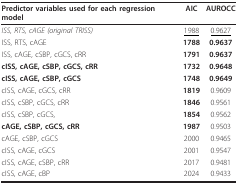
<table><thead><tr><td><b>Predictor variables used for each regression model</b></td><td><b>AIC</b></td><td><b>AUROCC</b></td></tr></thead><tbody><tr><td><i>ISS, RTS, cAGE (original TRISS)</i></td><td><underline>1988</underline></td><td><underline>0.9627</underline></td></tr><tr><td>ISS, RTS, cAGE</td><td><b>1788</b></td><td><b>0.9637</b></td></tr><tr><td>ISS, cAGE, cSBP, cGCS, cRR</td><td><b>1791</b></td><td><b>0.9637</b></td></tr><tr><td><b>cISS, cAGE, cSBP, cGCS, cRR</b></td><td><b>1732</b></td><td><b>0.9648</b></td></tr><tr><td><b>cISS, cAGE, cSBP, cGCS</b></td><td><b>1748</b></td><td><b>0.9649</b></td></tr><tr><td>cISS, cAGE, cGCS, cRR</td><td><b>1819</b></td><td>0.9609</td></tr><tr><td>cISS, cSBP, cGCS, cRR</td><td><b>1846</b></td><td>0.9561</td></tr><tr><td>cISS, cSBP, cGCS,</td><td><b>1854</b></td><td>0.9562</td></tr><tr><td><b>cAGE, cSBP, cGCS, cRR</b></td><td><b>1987</b></td><td>0.9503</td></tr><tr><td>cAGE, cSBP, cGCS</td><td>2000</td><td>0.9465</td></tr><tr><td>cISS, cAGE, cGCS</td><td>2001</td><td>0.9547</td></tr><tr><td>cISS, cAGE, cSBP, cRR</td><td>2017</td><td>0.9481</td></tr><tr><td>cISS, cAGE, cBP</td><td>2024</td><td>0.9433</td></tr></tbody></table>